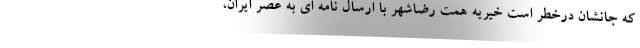
که جانشان درخطر است خیریه همت رضاشهر با ارسال نامه ای به عصر ایران،